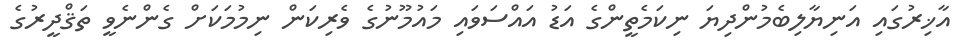
އާޚިރުގައި އަނިޔާލިބެމުންދިޔަ ނިކަމެތީންގެ އަޑު އައްސަވައި މައުމޫނުގެ ވެރިކަން ނިމުމަކަށް ގެންނެވީ ތަޤްދީރުގެ